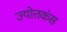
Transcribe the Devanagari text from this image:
ज्योतकंस